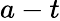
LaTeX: a-t